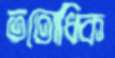
ততোধিক